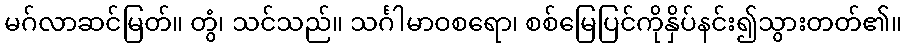
မဂ်လာဆင်မြတ်။ တွံ၊ သင်သည်။ သင်္ဂါမာဝစရော၊ စစ်မြေပြင်ကိုနှိပ်နင်း၍သွားတတ်၏။